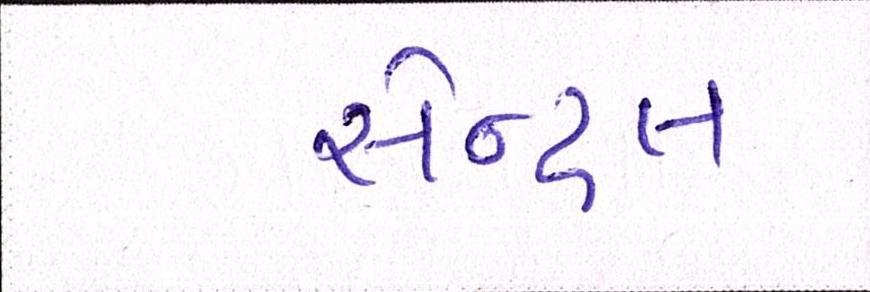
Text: સેન્ટ્રલ